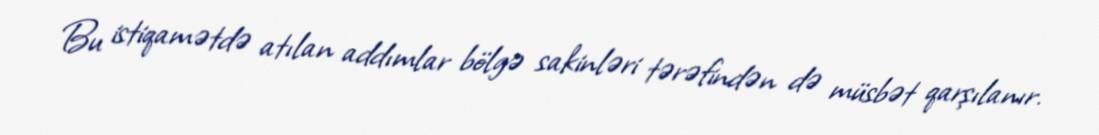
Bu istiqamətdə atılan addımlar bölgə sakinləri tərəfindən də müsbət qarşılanır.